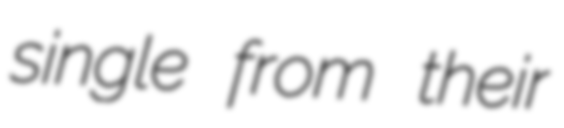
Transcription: single from their